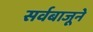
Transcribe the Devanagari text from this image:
सर्वबाजूने